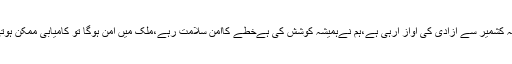
مقبوضہ کشمیر سے آزادی کی آواز آرہی ہے،ہم نےہمیشہ کوشش کی ہےخطے کاامن سلامت رہے،ملک میں امن ہوگا تو کامیابی ممکن ہوتی ہے ۔